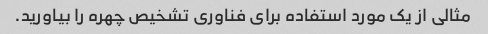
مثالی از یک مورد استفاده برای فناوری تشخیص چهره را بیاورید.